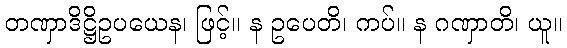
တဏှာဒိဋ္ဌိဥပယေန၊ ဖြင့်။ န ဥပေတိ၊ ကပ်။ န ဂဏှာတိ၊ ယူ။